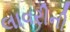
લાવરીની